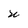
Character: u